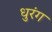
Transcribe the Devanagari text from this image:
धुरंग